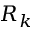
R _ { k }